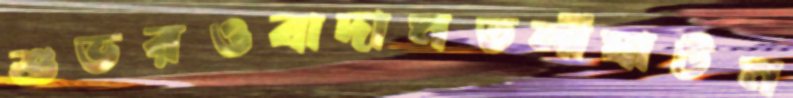
শুভরওবাদামতলীঘাটম